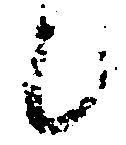
候